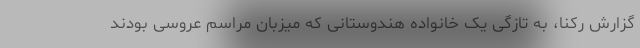
گزارش رکنا، به تازگی یک خانواده هندوستانی که میزبان مراسم عروسی بودند